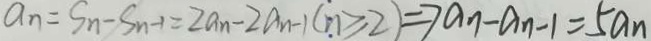
a _ { n } = S _ { n } - S _ { n } - 1 = 2 a _ { n } - 2 a _ { n - 1 } ( n \geq 2 ) \Rightarrow a _ { n } - a _ { n - 1 } = 5 a _ { n }